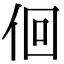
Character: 佪